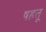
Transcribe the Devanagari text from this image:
षहतू